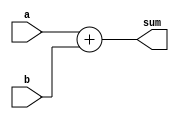
module Adder (
    input wire [31:0] a,
    input wire [31:0] b,
    output reg [31:0] sum
);

always @(*) begin
    sum = a + b;
end

endmodule